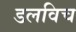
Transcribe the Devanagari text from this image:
डलविच